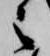
之